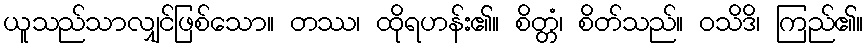
ယူသည်သာလျှင်ဖြစ်သော။ တဿ၊ ထိုရဟန်း၏။ စိတ္တံ၊ စိတ်သည်။ ဝသိဒိ၊ ကြည်၏။